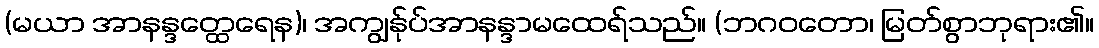
(မယာ အာနန္ဒတ္ထေရေန)၊ အကျွန်ုပ်အာနန္ဒာမထေရ်သည်။ (ဘဂဝတော၊ မြတ်စွာဘုရား၏။